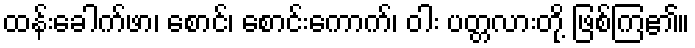
ထန်းခေါက်ဖာ၊ စောင်၊ စောင်းကောက်၊ ဝါး ပတ္တလားတို့ ဖြစ်ကြ၏။